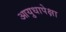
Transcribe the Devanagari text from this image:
आयुधापेक्षा